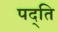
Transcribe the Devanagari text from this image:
पद्ति